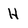
Character: H